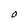
Character: O